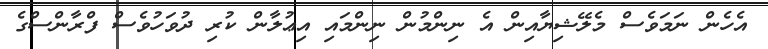
އެހެން ނަމަވެސް މެލޭޝިޔާއިން އެ ނިންމުން ނިންމައި އިޢުލާން ކުރި ދުވަހުވެސް ފްރާންސްގެ